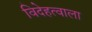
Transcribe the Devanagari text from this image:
विदेहत्वाला